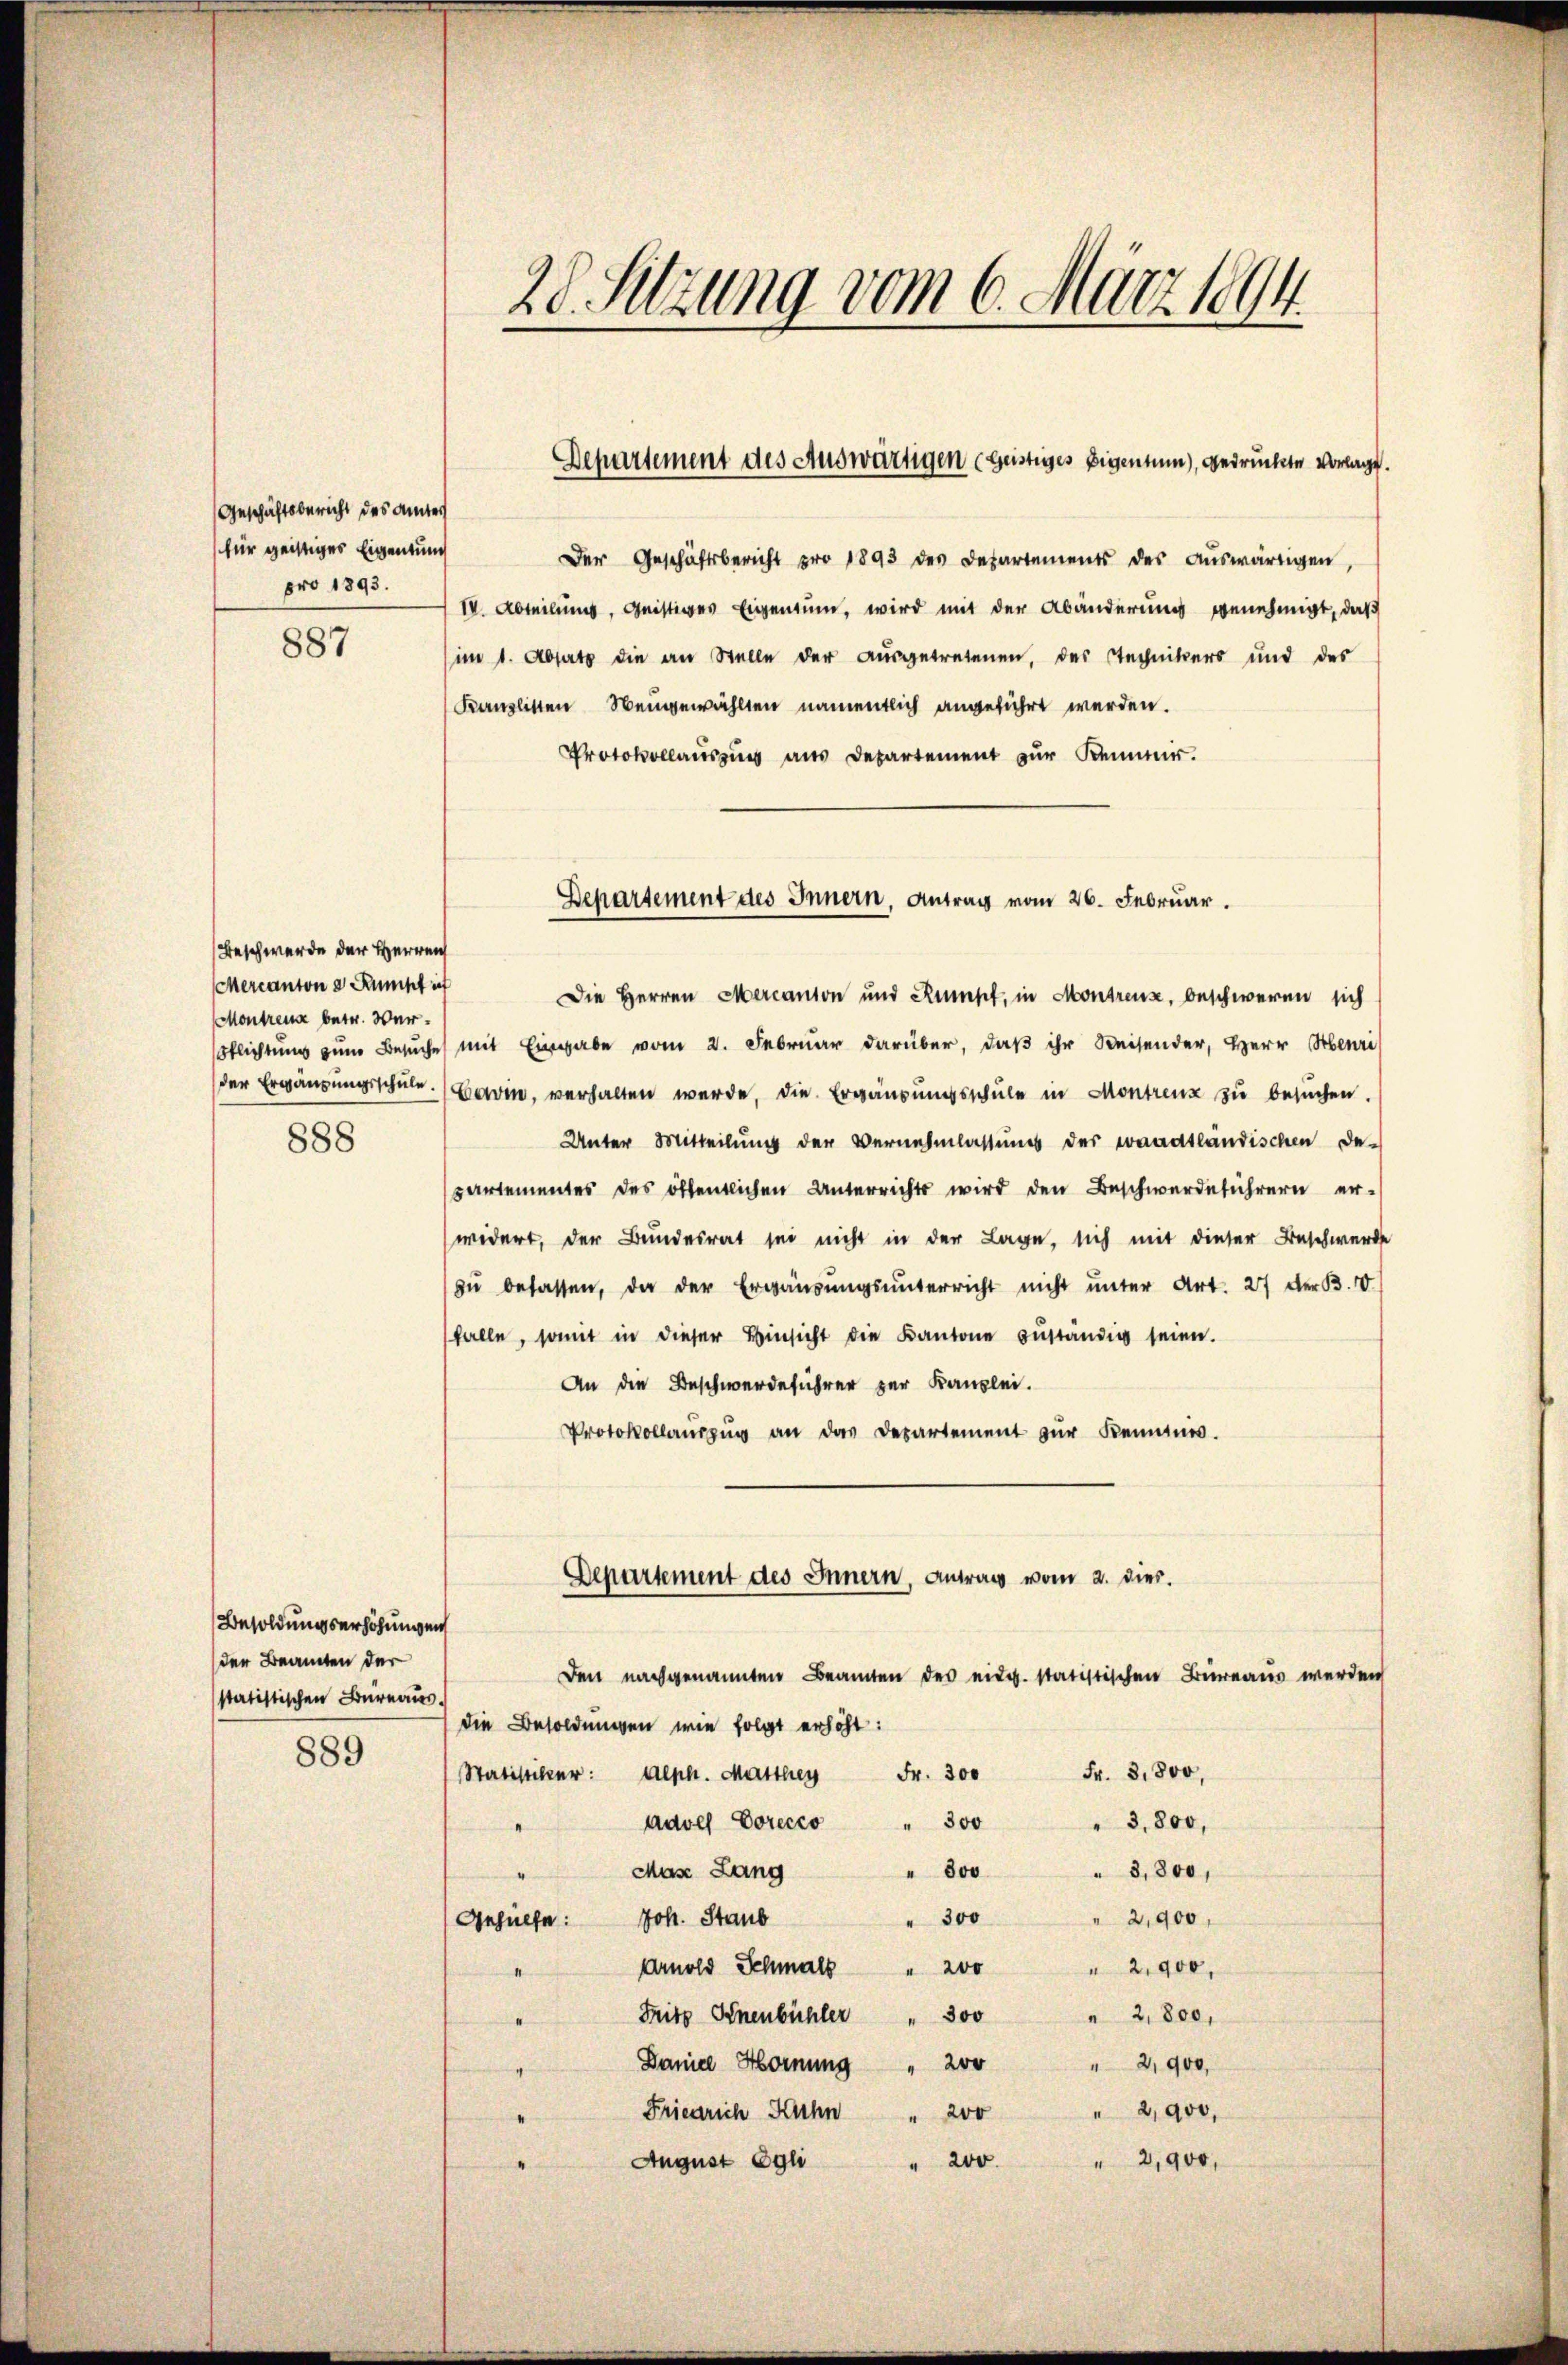
Geschäftsbericht des Amter
für geistiges Eigentung
pro 1893.

887

Beschwerde der Herren
Mercantons Rumpf ich
Montrena betr. Ver¬
888

Besoldungserhöhungen
der Beamten der
statistischen Bureaus.

889

Der Geschäftsbericht pro 1893 des Departements des aŭswärtigen,
IV. Abteilung, Geistiges Eigentum, wird mit der Abänderung genehmigt, daß
im 1. Absatz die an Stelle der ausgetretenen, des Stechnikers und des
Kanzlisten Neugewählten namentlich angeführt werden.
Protokolauszug aus Departement zur Remmir.

Die Herren Mercanton und Rumpt, in Montreux, beschweren sich
Pflichtung zum Besuche mit Eingabe vom 2. Februar darüber, daß ihr Reisender, Herr Menzi
der Ergänzungsschule. (Lawin, verhalten werde, die Ergänzungsschule in Montrenz zu besuchen.
Unter Mitteilung der Vernehmlassung der waadtländischen De-
partementes des öffentlichen Unterrichts wird den Beschwerdeführern er-
widert, der Bundesrat sei nicht in der Lage, sich mit dieser Beschwerde
zŭ besassen, da der Ergänzŭngsŭnterricht nicht unter Art. 27 der B. IV.
falle, somit in dieser Hinsicht die Kantone zuständig seien.
An die Beschwerdeführer zur Kanzlei.
Protokollaŭszŭg an das Departement zŭr Kenntnis.
Den nachgenannten Beamten des eidg. statistischen Büreaus werden
die Besoldungen wie folgt erhöht:
Fr. 3,800,
Statistiker: Alph. Matthey Fr. 300
Aurel Porecco " 300
3,800,
Mas Lang
" 800
" 3,800,
" 2,900,
" 300
Gehülfe: Joh. Staub
Arnold Schmals " 200 " 2,900,
Fritz Gnenbühler " 300 " 2,800,
Daniel Hornung " 200
" 2,900,
Friedrich Kuhn
" 2,900,
" 200
200.
2,900,
August Egli

28 Setzung vom 6. März 1894.

Departement des Auswärtigen (geistiges Eigentum), gedruckte Vorlage.

Departement des Innern, Antrag vom 26. Februar.

Departement des Innern, Antrag vom 2. dies